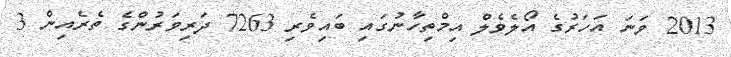
2013 ވަނަ އަހަރުގެ އޯލެވެލް އިމްތިހާނުގައި ބައިވެރި 7263 ދަރިވަރުންގެ ތެރެއިން 3